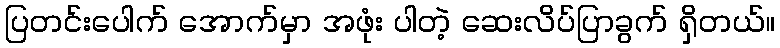
ပြတင်းပေါက် အောက်မှာ အဖုံး ပါတဲ့ ဆေးလိပ်ပြာခွက် ရှိတယ်။